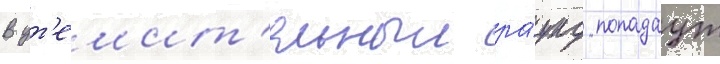
В ут'ешит'ельныи ра́унд попадаут